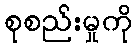
စုစည်းမှုကို